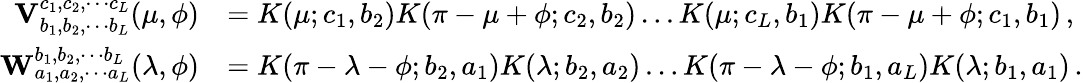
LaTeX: \begin{array}{rl}{\mathbf{V}_{b_{1},b_{2},\cdots b_{L}}^{c_{1},c_{2},\cdots c_{L}}(\mu,\phi)}&{=K(\mu;c_{1},b_{2})K(\pi-\mu+\phi;c_{2},b_{2})\ldots K(\mu;c_{L},b_{1})K(\pi-\mu+\phi;c_{1},b_{1})\, ,}\\ {\mathbf{W}_{a_{1},a_{2},\cdots a_{L}}^{b_{1},b_{2},\cdots b_{L}}(\lambda,\phi)}&{=K(\pi-\lambda-\phi;b_{2},a_{1})K(\lambda;b_{2},a_{2})\ldots K(\pi-\lambda-\phi;b_{1},a_{L})K(\lambda;b_{1},a_{1})\, .}\end{array}